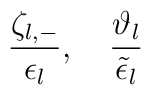
\frac{\zeta_{l,-}}{\epsilon_l}, \quad \frac{\vartheta_l}{\tilde{\epsilon}_l}